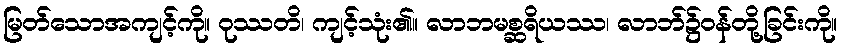
မြတ်သောအကျင့်ကို။ ဝုဿတိ၊ ကျင့်သုံး၏။ လာဘမစ္ဆရိယဿ၊ လာဘ်၌ဝန်တို့ခြင်းကို။